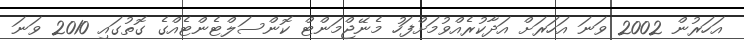
އަހަރުން 2002 ވަނަ އަހަރަށް އަދާކުރެއްވުމަށްފަހު މެނޭޖްމަންޓް ކޮންސަލްޓެންޓެއްގެ ގޮތުގައި 2010 ވަނަ